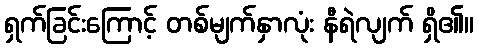
ရှက်ခြင်းကြောင့် တစ်မျက်နှာလုံး နီရဲလျက် ရှိ၏။